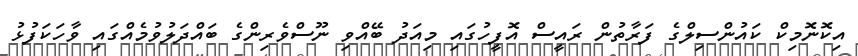
އިކޮނޮމިކް ކައުންސިލްގެ ފަރާތުން ރައީސް އޮފީހުގައި މިއަދު ބޭއްވި ނޫސްވެރިންގެ ބައްދަލުވުމެއްގައި ވާހަކަފުޅު